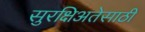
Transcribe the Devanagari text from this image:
सुरक्षिअतेसाठी